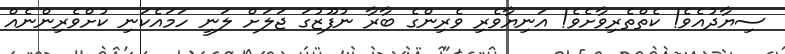
ސިޔާދުއެވެ! ކެތްތެރިވާށެވެ! އަނިޔާވެރި ވެރިންގެ ބާރާ ނުފޫޒުގަ ޖަލަށް ލަނީ ހަމައެކަނި ކުށްވެރިންނެއް